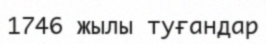
1746 жылы туғандар